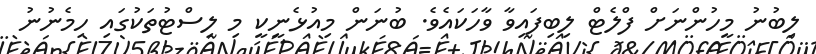
ލިބުނު މީހުންނަށް ފްލެޓް ލިބިފައިވާ ވާހަކައެވެ. ބުނަން މިއުޅެނީކީ މި ލިސްޓުތަކުގައި ހިމެނުނު